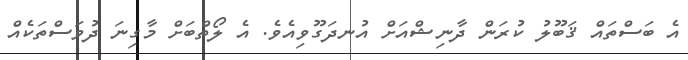
އެ ބަސްތައް ޤަބޫލު ކުރަން ދާނިޝްއަށް އުނދަގޫވިއެވެ. އެ ލޯތްބަށް މާގިނަ ދުވަސްތަކެއް